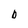
Character: b